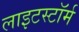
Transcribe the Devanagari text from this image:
लाइटस्टॉर्म